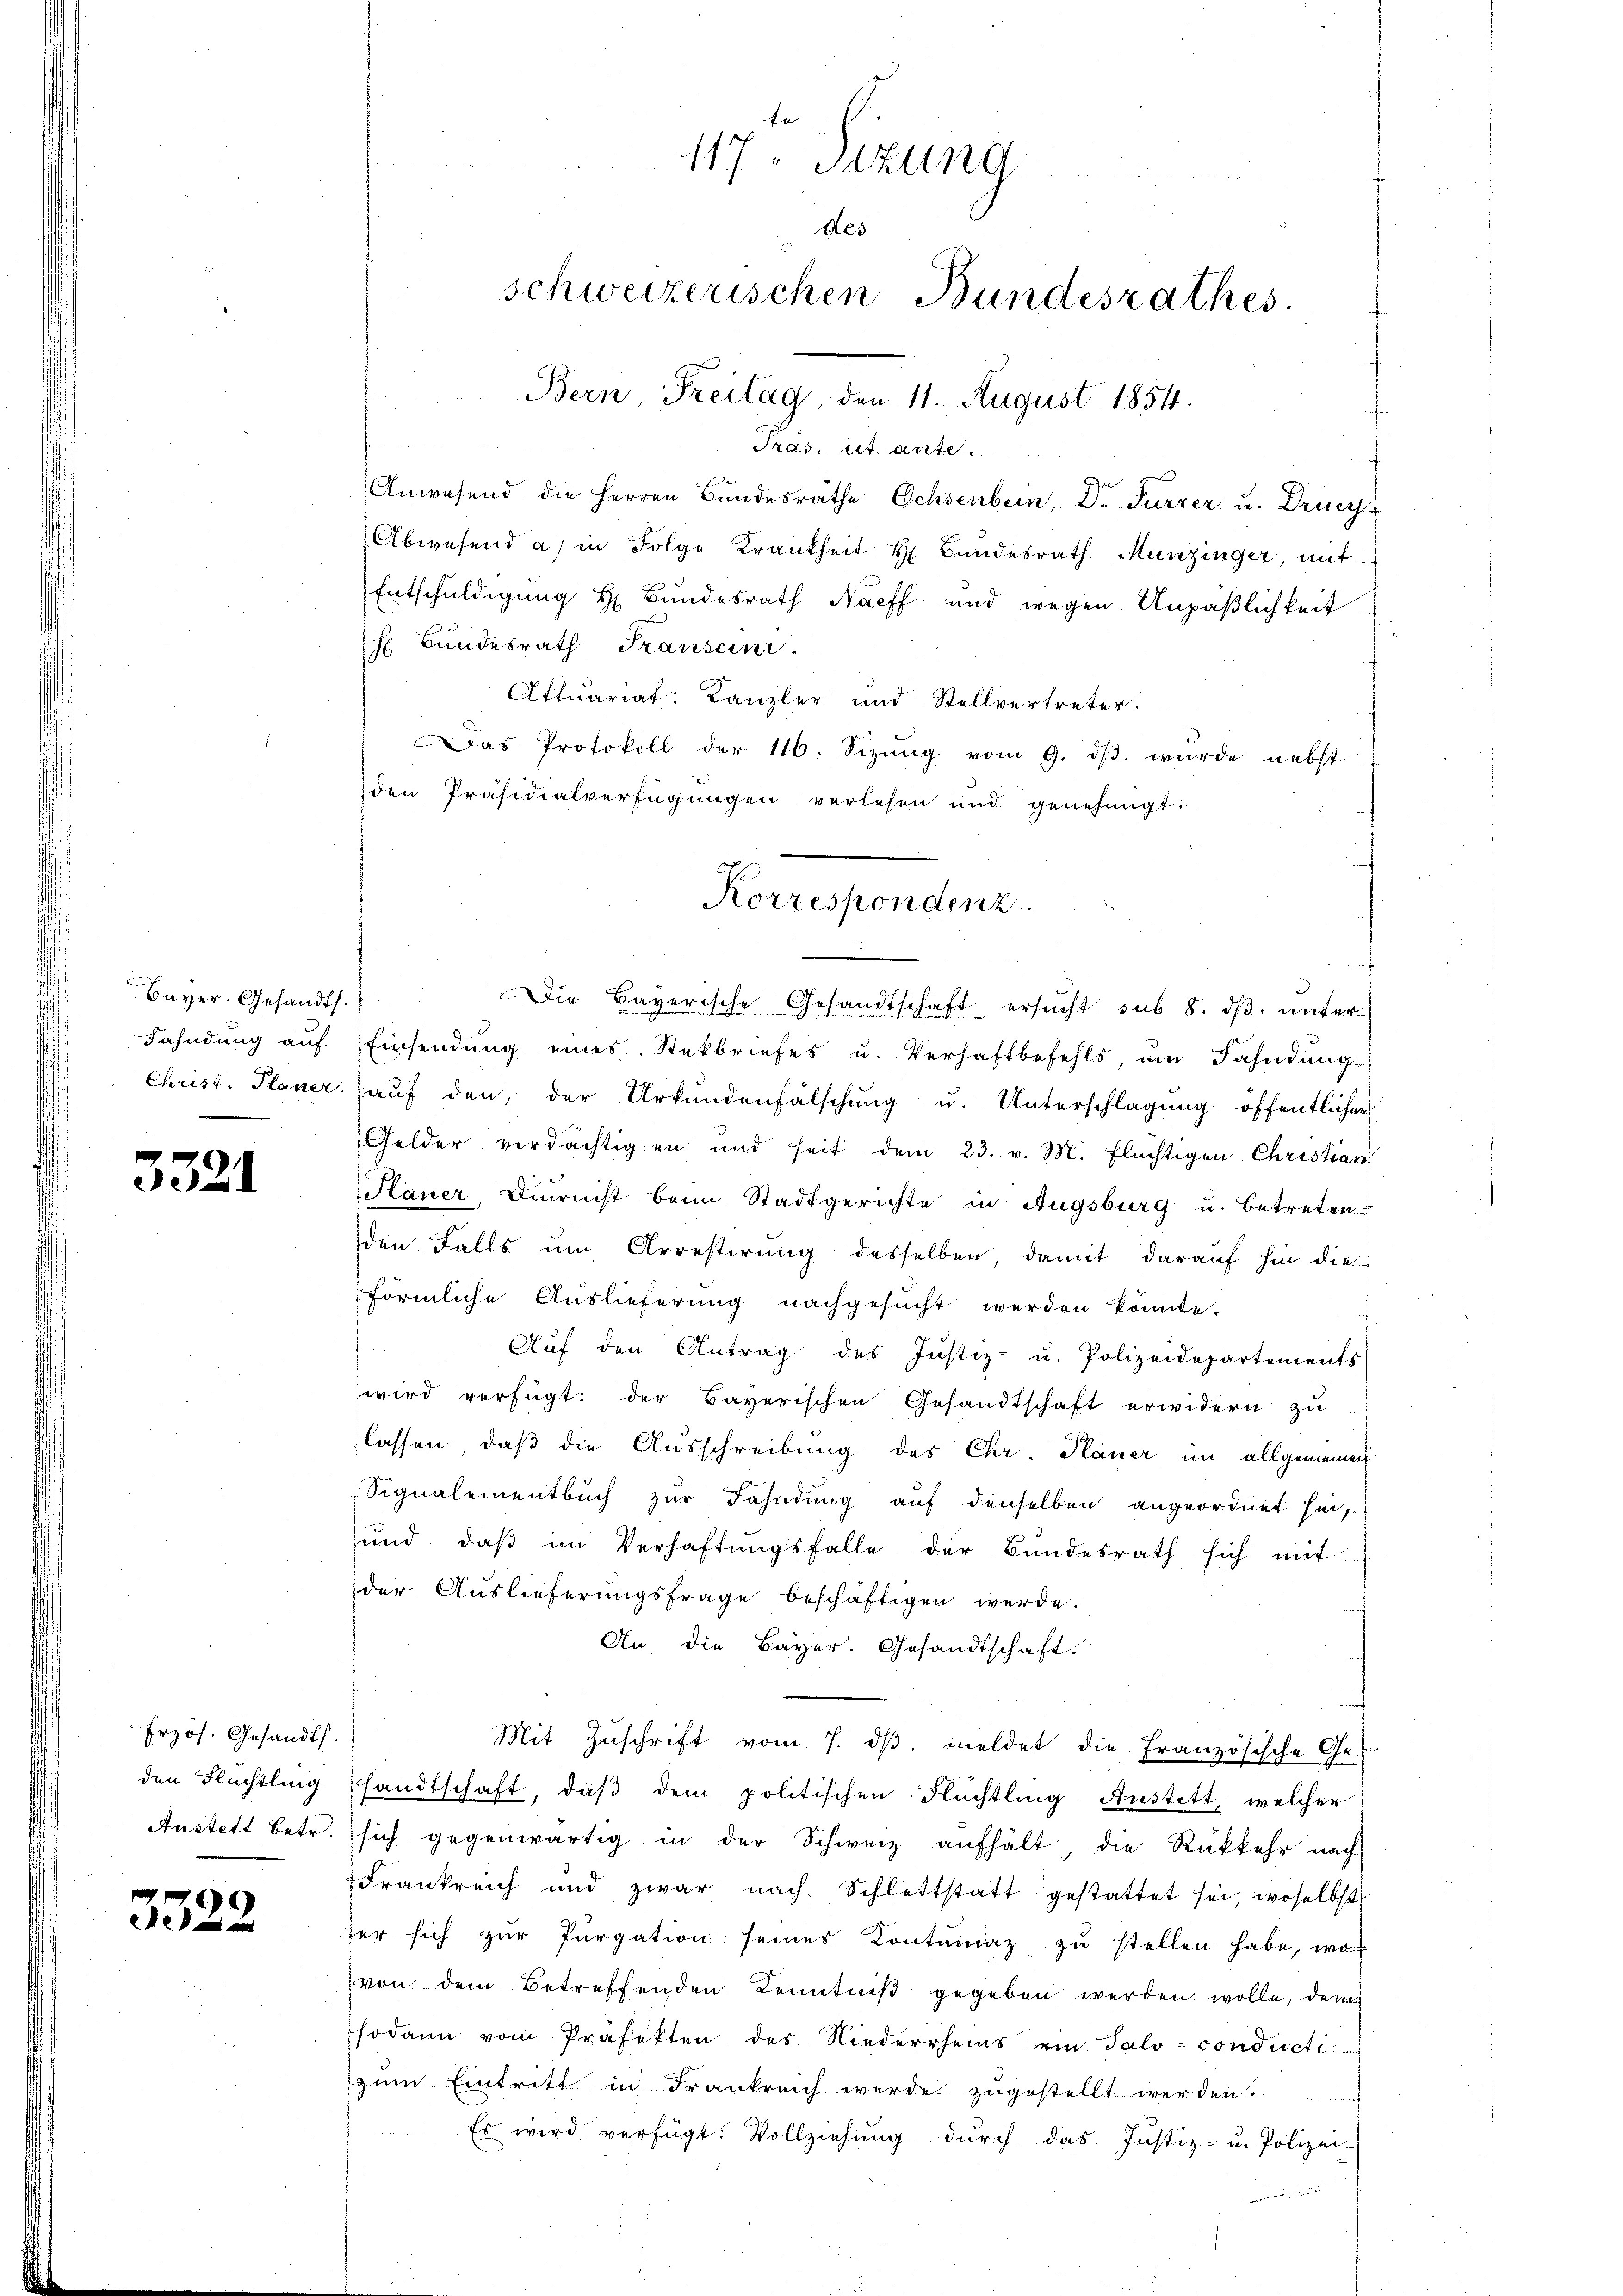
Bayer. Gesandt.
Fahndung auf

5321

Erzös. Gesandts
den Flüchtling
Austett betr.

3322

fn
117. Seizung
des
schweizerischen Bundesrathes.
Bern, Freitag, den 11. August 1854.

Pras. cit. ante
Anwesend die Herren Bundesräthe Ochsenbein, Dr. Furrer u. Druc
Abwesend a) in Folge Krankheit H. Bundesrath Munzinger, mit
Entschuldigung H Bundesrath Nacff und wegen Unpäßlichkeit
h Bundesrath Transani
Aktuariat: Kanzler und Stellvertreter.
Das Protokoll der 116. Sizŭng vom 9. dβ. wurde nebst
den Präsidialverfügungen verlesen und genehmigt.
Die Bayerische Gesandtschaft ersucht sub 8. dβ. unter
Einsendung eines Steckbriefes u. Verhaftbefehls, um Fahndung
Christ. Planer (auf den, der Urkundenfälschung u. Unterschlagung öffentlicher
Gelder verdächtigen und seit dem 23. v. M. Flüchtigen Christian
Hauer, Diurnist beim Stadtgerichte in Augsburg u. betreten
den Falls um Arrestirung desselben, damit darauf hin die
förmliche Auslieferung nachgesŭcht werden könnte.
f
Aŭf den Antrag des Justiz- u. Polizeidepartements
wird verfügt: der Bayerischen Gesandtschaft erwidern zu
lassen, daß die Ausschreibung des Chr. Plauer im allgemeinen
Signalementbuch zur Fahndung auf denselben angeordnet sei,
und, daß im Verhaftungsfalle der Bundesrath sich mit
der Auslieferungsfrage beschäftigen werde.
An die Bayer. Gesandtschaft.
Mit Zŭschrift vom 7. dβ. meldet die Französische Ge-
sandtschaft, daß dem politischen Flüchtling Austett, welcher
sich gegenwärtig in der Schweiz aufhält die Rükkehr nach
Frankreich und zwar nach Schlattstatt gestattet sei, woselbst
her sich zur Purgation seines Kontumaz zu stellen habe, wo
von dem Betreffenden Kenntniß gegeben werden wolle, der
sodann vom Präfekten des Niederrheins ein Talo- conducti
zum Eintritt in Frankreich werde zugestellt werden.
Es wird verfügt: Vollziehung durch das Justiz- u. Polizei-

Korrespondenz.